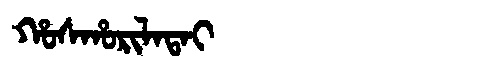
Manchu: ᡥᠣᠰᡥᠣᡵᡳᠯᠠᡨᠠᡳ
Romanization: HOSHORILATAI